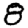
Digit: 8